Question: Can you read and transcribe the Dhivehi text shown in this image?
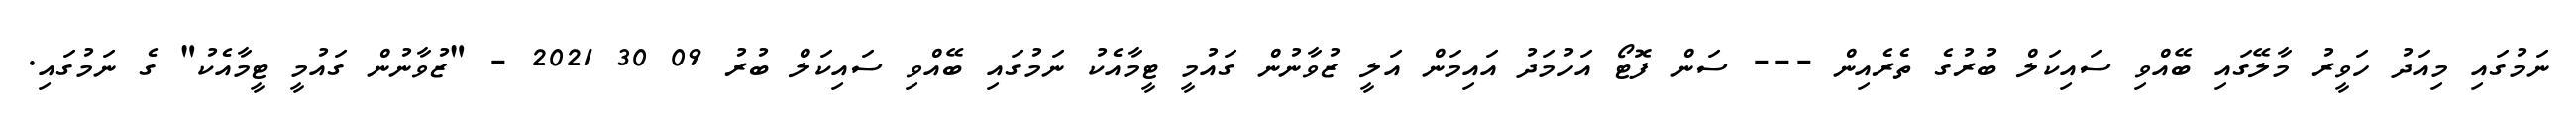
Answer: ނަމުގައި މިއަދު ހަވީރު މާލޭގައި ބޭއްވި ސައިކަލް ބުރުގެ ތެރެއިން --- ސަން ފޮޓޯ އަހުމަދު އައިމަން އަލީ ޒުވާނުން ގައުމީ ޓީމާއެކު ނަމުގައި ބޭއްވި ސައިކަލް ބުރު 09 30 2021 - "ޒުވާނުން ގައުމީ ޓީމާއެކު" ގެ ނަމުގައި.